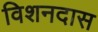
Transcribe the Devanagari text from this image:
विशनदास